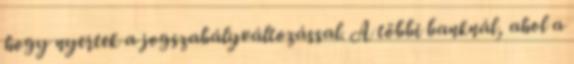
hogy nyertek a jogszabályváltozással. A többi banknál, ahol a